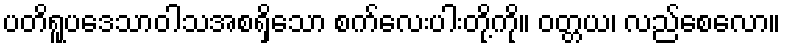
ပတိရူပဒေသာဝါသအစရှိသော စက်လေးပါးတို့ကို။ ဝတ္တယ၊ လည်စေလော။